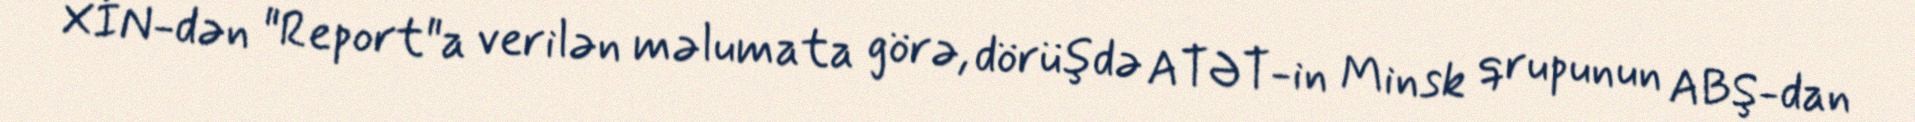
XİN-dən "Report"a verilən məlumata görə, dörüşdə ATƏT-in Minsk qrupunun ABŞ-dan